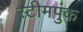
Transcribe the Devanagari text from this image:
स्टीमपुंक